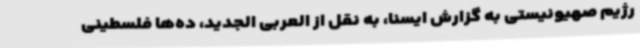
رژیم صهیونیستی به گزارش ایسنا، به نقل از العربی الجدید، ده‌ها فلسطینی